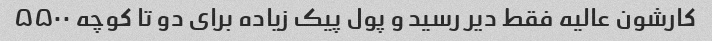
کارشون عالیه فقط دیر رسید و پول پیک زیاده برای دو تا کوچه ۵۵۰۰